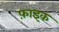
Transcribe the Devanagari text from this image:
फ़ाइक